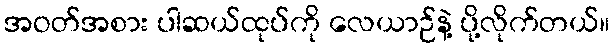
အဝတ်အစား ပါဆယ်ထုပ်ကို လေယာဉ်နဲ့ ပို့လိုက်တယ်။